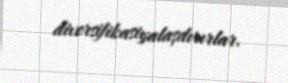
diversifikasiyalaşdırırlar.